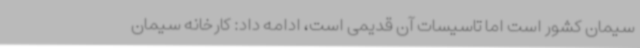
سیمان کشور است اما تاسیسات آن قدیمی است، ادامه داد: کارخانه سیمان